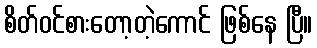
စိတ်ဝင်စားတော့တဲ့ကောင် ဖြစ်နေ ပြီ။